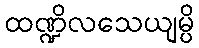
ထဏ္ဍိလသေယျမ္ပိ